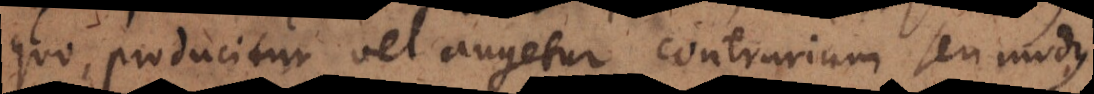
quo, producitur vel augetur, contrarium seu modus